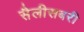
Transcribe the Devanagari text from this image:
सैलीसबरी